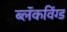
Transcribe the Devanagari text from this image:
ब्लॅकविंग्ड